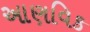
આણવિક